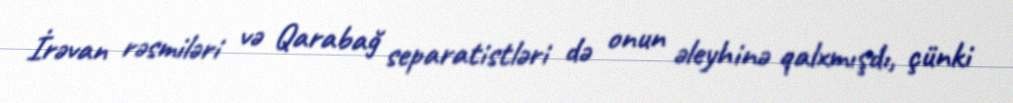
İrəvan rəsmiləri və Qarabağ separatistləri də onun əleyhinə qalxmışdı, çünki